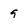
Character: 9